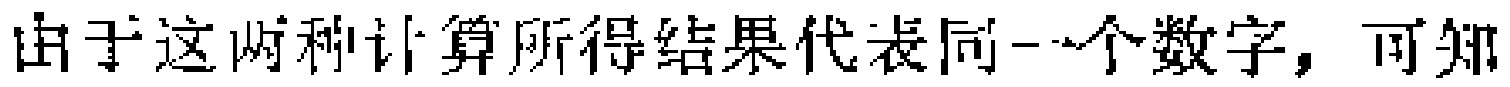
由于这两种计算所得结果代表同一个数字，可知